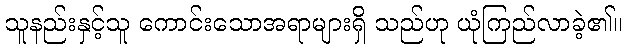
သူနည်းနှင့်သူ ကောင်းသောအရာများရှိ သည်ဟု ယုံကြည်လာခဲ့၏။